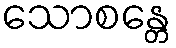
သောစန္တေ